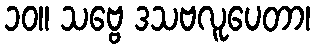
၁၀။ သဗ္ဗေ ဒသဗလူပေတာ၊